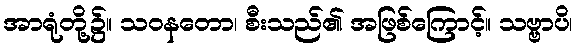
အာရုံတို့၌။ သဝနတော၊ စီးသည်၏ အဖြစ်ကြောင့်။ သဗ္ဗာပိ၊